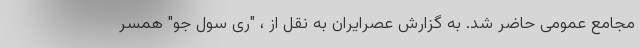
مجامع عمومی حاضر شد. به گزارش عصرایران به نقل از ، "ری سول جو" همسر